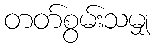
တတ်စွမ်းသမျှ